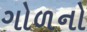
ગોળનો